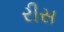
રીસ